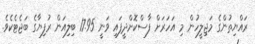
ރައްޔިތުންގެ މަޖިލީހުން މި އަހަރަށް ފާސްކޮށްދީފައި ވަނީ 17.95 ބިލިއަން ރުފިޔާގެ ބަޖެޓެކެވެ.